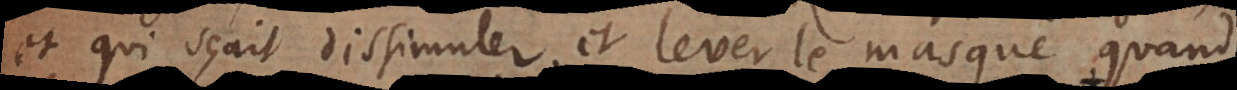
et qui sçait dissimuler, et lever le masque quand